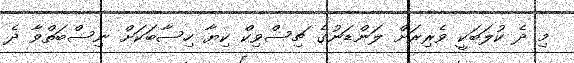
މި ދެ ކުލަބަކީ ވެރިރަށް ލަންޑަނުގެ ޗިސްވިކް ކިޔާ ހިސާބަކަށް ނިސްބަތްވާ ދެ